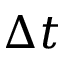
\Delta t